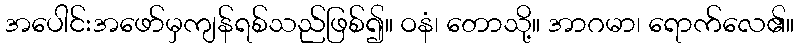
အပေါင်းအဖော်မှကျန်ရစ်သည်ဖြစ်၍။ ဝနံ၊ တောသို့။ အာဂမာ၊ ရောက်လေ၏။